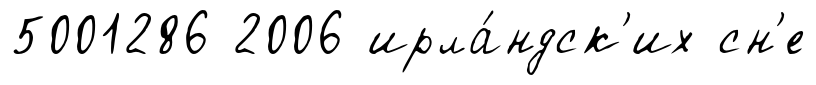
5001286 2006 ирла́ндск'их сн'е